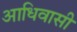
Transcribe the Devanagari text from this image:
आधिवासी